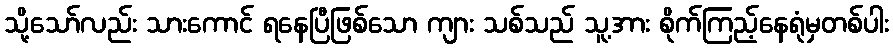
သို့သော်လည်း သားကောင် ရနေပြီဖြစ်သော ကျား သစ်သည် သူ့အား စိုက်ကြည့်နေရုံမှတစ်ပါး